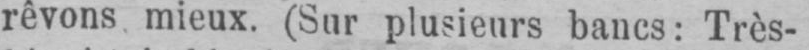
rêvons mieux. (Sur plusieurs bancs: Très-